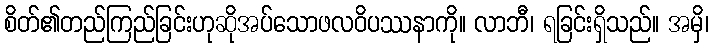
စိတ်၏တည်ကြည်ခြင်းဟုဆိုအပ်သောဖလဝိပဿနာကို။ လာဘီ၊ ရခြင်းရှိသည်။ အမှိ၊